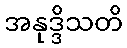
အနုဒ္ဒိသတိ